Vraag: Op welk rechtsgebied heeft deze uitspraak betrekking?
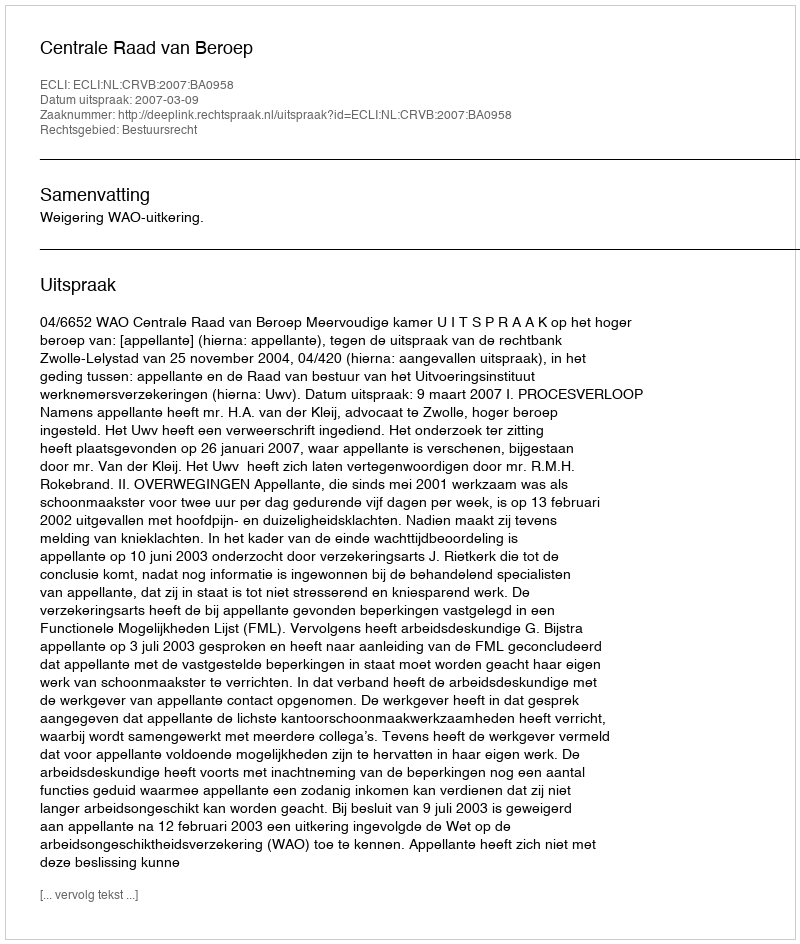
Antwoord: Bestuursrecht